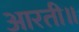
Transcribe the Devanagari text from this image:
आरती॥